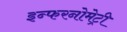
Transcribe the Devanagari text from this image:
इन्फरनोमेट्री